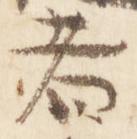
者